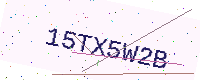
Text: 15TX5W2B